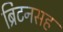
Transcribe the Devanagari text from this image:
ब्रिटनसह